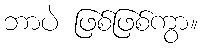
ဘာပဲ ဖြစ်ဖြစ်ကွာ။